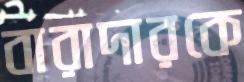
বারাদারকে